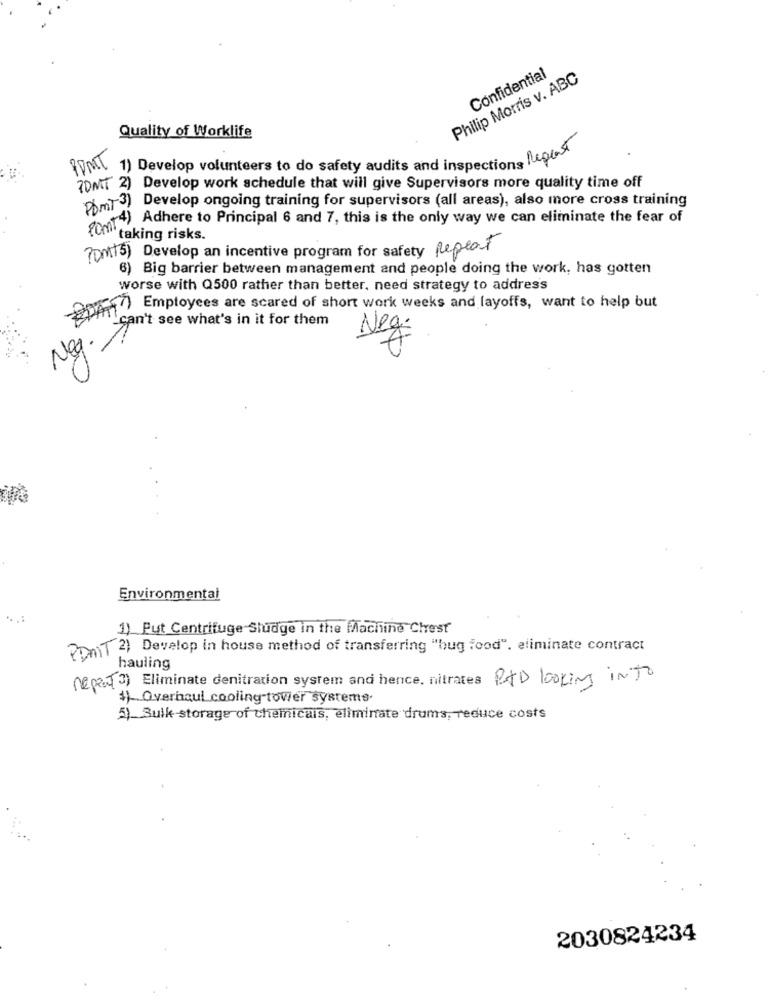
Confidential
Philip Morris v. ABC
Quality of Worklife
PONT
1) Develop volunteers to do safety audits and inspections Repeat
(0 MT 2) Develop work schedule that will give Supervisors more quality time off
Dmt 3) Develop ongoing training for supervisors (all areas), also more cross training
4) Adhere to Principal 6 and 7, this is the only way we can eliminate the fear of
"taking risks.
Pont5) Develop an incentive program for safety repeat
6) Big barrier between management and people doing the work, has gotten
worse with Q500 rather than better, need strategy to address
STATT Employees are scared of short work weeks and layoffs, want to help but
can't see what's in it for them
Neg. 1
Neg
Environmental
1) Put Centrifuge Sludge in the Machine Chest
PoMIT 2) Develop in house method of transferring "bug food". eliminate contract
hauling
repent(3) Eliminate denitration system and hence, nitrates RAD looking in To
$) Overhaul cooling tower systems
5)_ Bulk-storage of chemicals, eliminate drums, reduce costs
2030824234